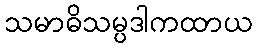
သမာဓိသမ္ပဒါကထာယ